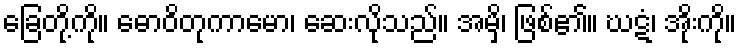
ခြေတို့ကို။ ဓောဝိတုကာမော၊ ဆေးလိုသည်။ အမှိ၊ ဖြစ်၏။ ဃဋံ၊ အိုးကို။